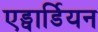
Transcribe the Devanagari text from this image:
एड्वार्डियन